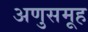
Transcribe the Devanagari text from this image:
अणुसमूह